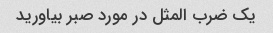
یک ضرب المثل در مورد صبر بیاورید